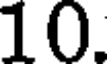
10.